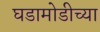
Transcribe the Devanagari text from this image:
घडामोडीच्या